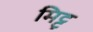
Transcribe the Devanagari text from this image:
मिट्ट